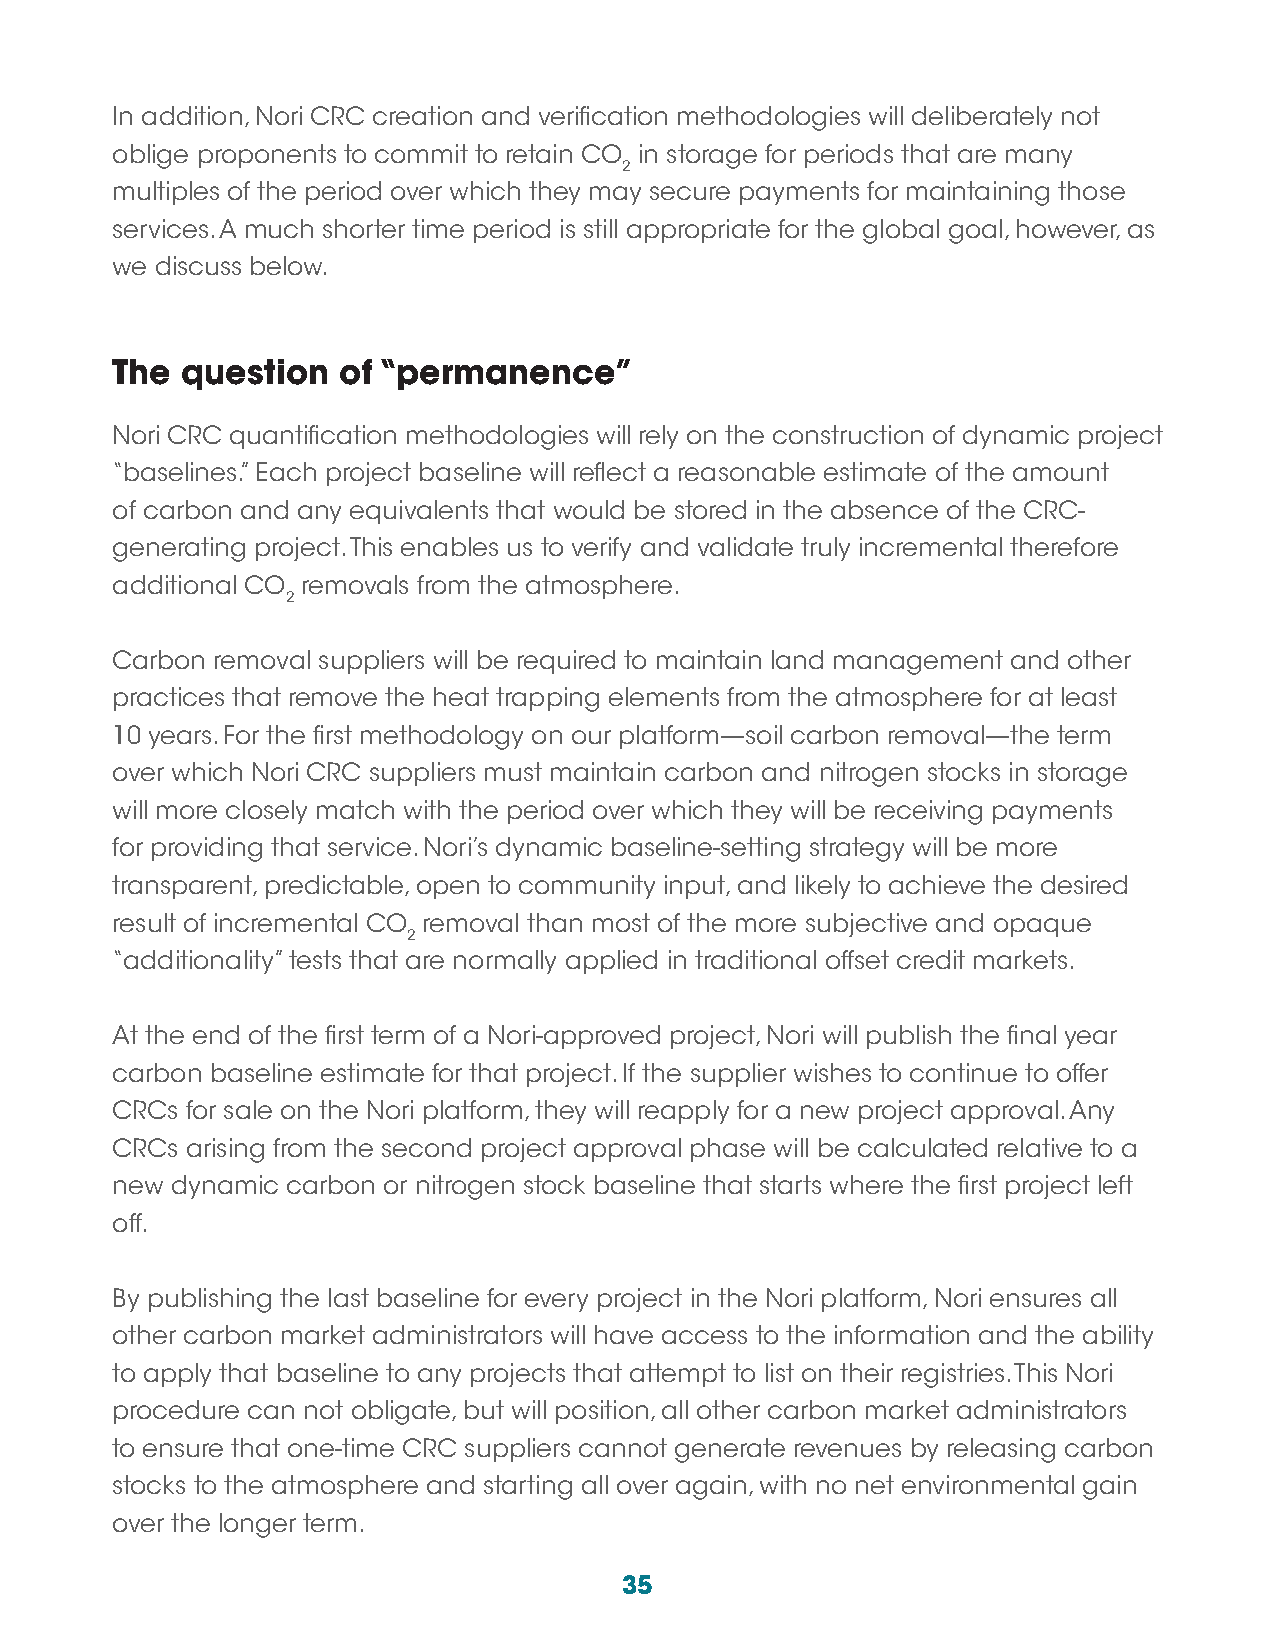
In addition, Nori CRC creation and verification methodologies will deliberately not
 oblige proponents to commit to retain CO in storage for periods that are many
 2
 multiples of the period over which they may secure payments for maintaining those
 services. A much shorter time period is still appropriate for the global goal, however, as
 we discuss below.
 The  question  of “permanence”
 Nori CRC quantification methodologies will rely on the construction of dynamic project
 “baselines.” Each project baseline will reflect a reasonable estimate of the amount
 of carbon and any equivalents that would be stored in the absence of the CRC-
 generating project. This enables us to verify and validate truly incremental therefore
 additional CO removals from the atmosphere.
 2
 Carbon removal suppliers will be required to maintain land management and other
 practices that remove the heat trapping elements from the atmosphere for at least
 10 years. For the first methodology on our platform—soil carbon removal—the term
 over which Nori CRC suppliers must maintain carbon and nitrogen stocks in storage
 will more closely match with the period over which they will be receiving payments
 for providing that service. Nori’s dynamic baseline-setting strategy will be more
 transparent, predictable, open to community input, and likely to achieve the desired
 result of incremental CO removal than most of the more subjective and opaque
 2
 “additionality” tests that are normally applied in traditional offset credit markets.
 At the end of the first term of a Nori-approved project, Nori will publish the final year
 carbon baseline estimate for that project. If the supplier wishes to continue to offer
 CRCs for sale on the Nori platform, they will reapply for a new project approval. Any
 CRCs arising from the second project approval phase will be calculated relative to a
 new dynamic carbon or nitrogen stock baseline that starts where the first project left
 off.
 By publishing the last baseline for every project in the Nori platform, Nori ensures all
 other carbon market administrators will have access to the information and the ability
 to apply that baseline to any projects that attempt to list on their registries. This Nori
 procedure can not obligate, but will position, all other carbon market administrators
 to ensure that one-time CRC suppliers cannot generate revenues by releasing carbon
 stocks to the atmosphere and starting all over again, with no net environmental gain
 over the longer term.
 35